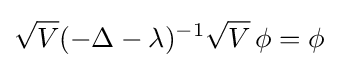
{\sqrt {V}}(-\Delta -\lambda )^{-1}{\sqrt {V}}\,\phi =\phi